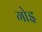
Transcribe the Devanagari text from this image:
गोइ